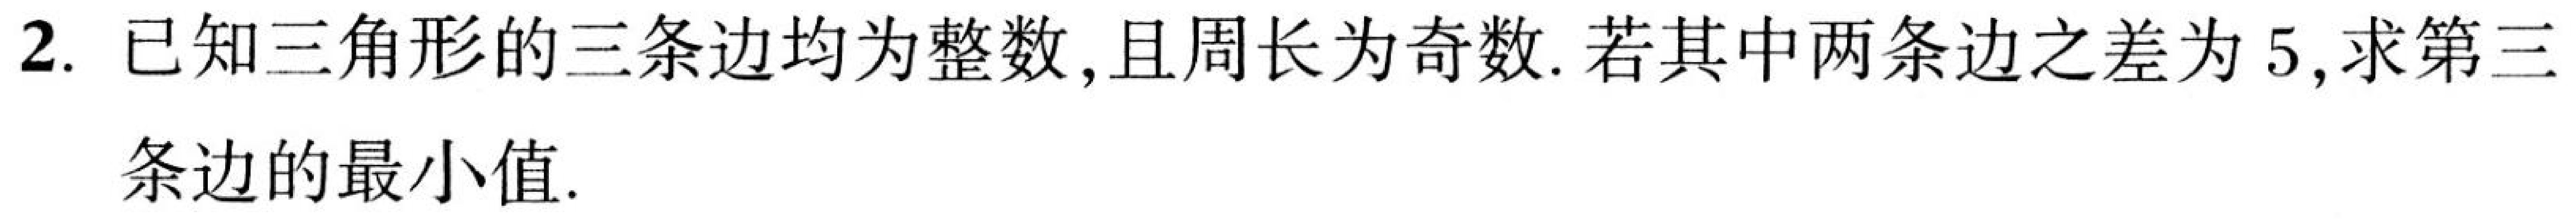
2. 已知三角形的三条边均为整数,且周长为奇数.若其中两条边之差为$5$,求第三
条边的最小值.